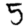
Digit: 5